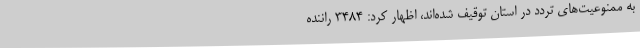
به ممنوعیت‌های تردد در استان توقیف شده‌اند، اظهار کرد: 3484 راننده